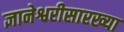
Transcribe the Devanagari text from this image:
ज्ञानेश्वरीसारख्या